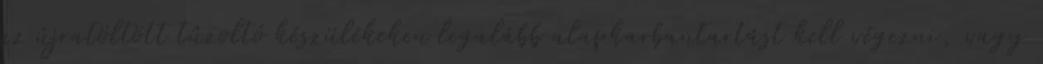
az újratöltött tûzoltó készülékeken legalább alapkarbantartást kell végezni, vagy